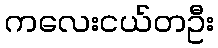
ကလေးငယ်တဦး